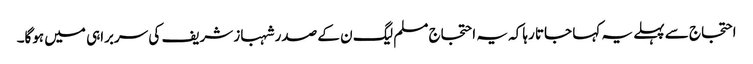
احتجاج سے پہلے یہ کہا جاتا رہا کہ یہ احتجاج مسلم لیگ ن کے صدر شہباز شریف کی سربراہی میں ہوگا۔